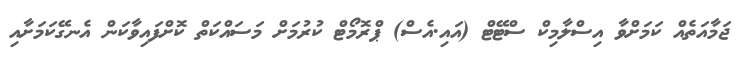
ޖަމާއަތެއް ކަމަށްވާ އިސްލާމިކް ސްޓޭޓް (އައި.އެސް) ޕްރޮމޯޓް ކުރުމަށް މަސައްކަތް ކޮށްފައިވާކަން އެނގޭކަމަށާއި